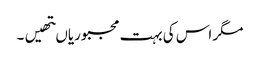
مگر اس کی بہت مجبوریاںتھیں۔